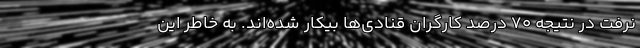
نرفت در نتیجه 70 درصد کارگران قنادی‌ها بیکار شده‌اند. به خاطر این